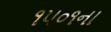
૧૫૦૧ના